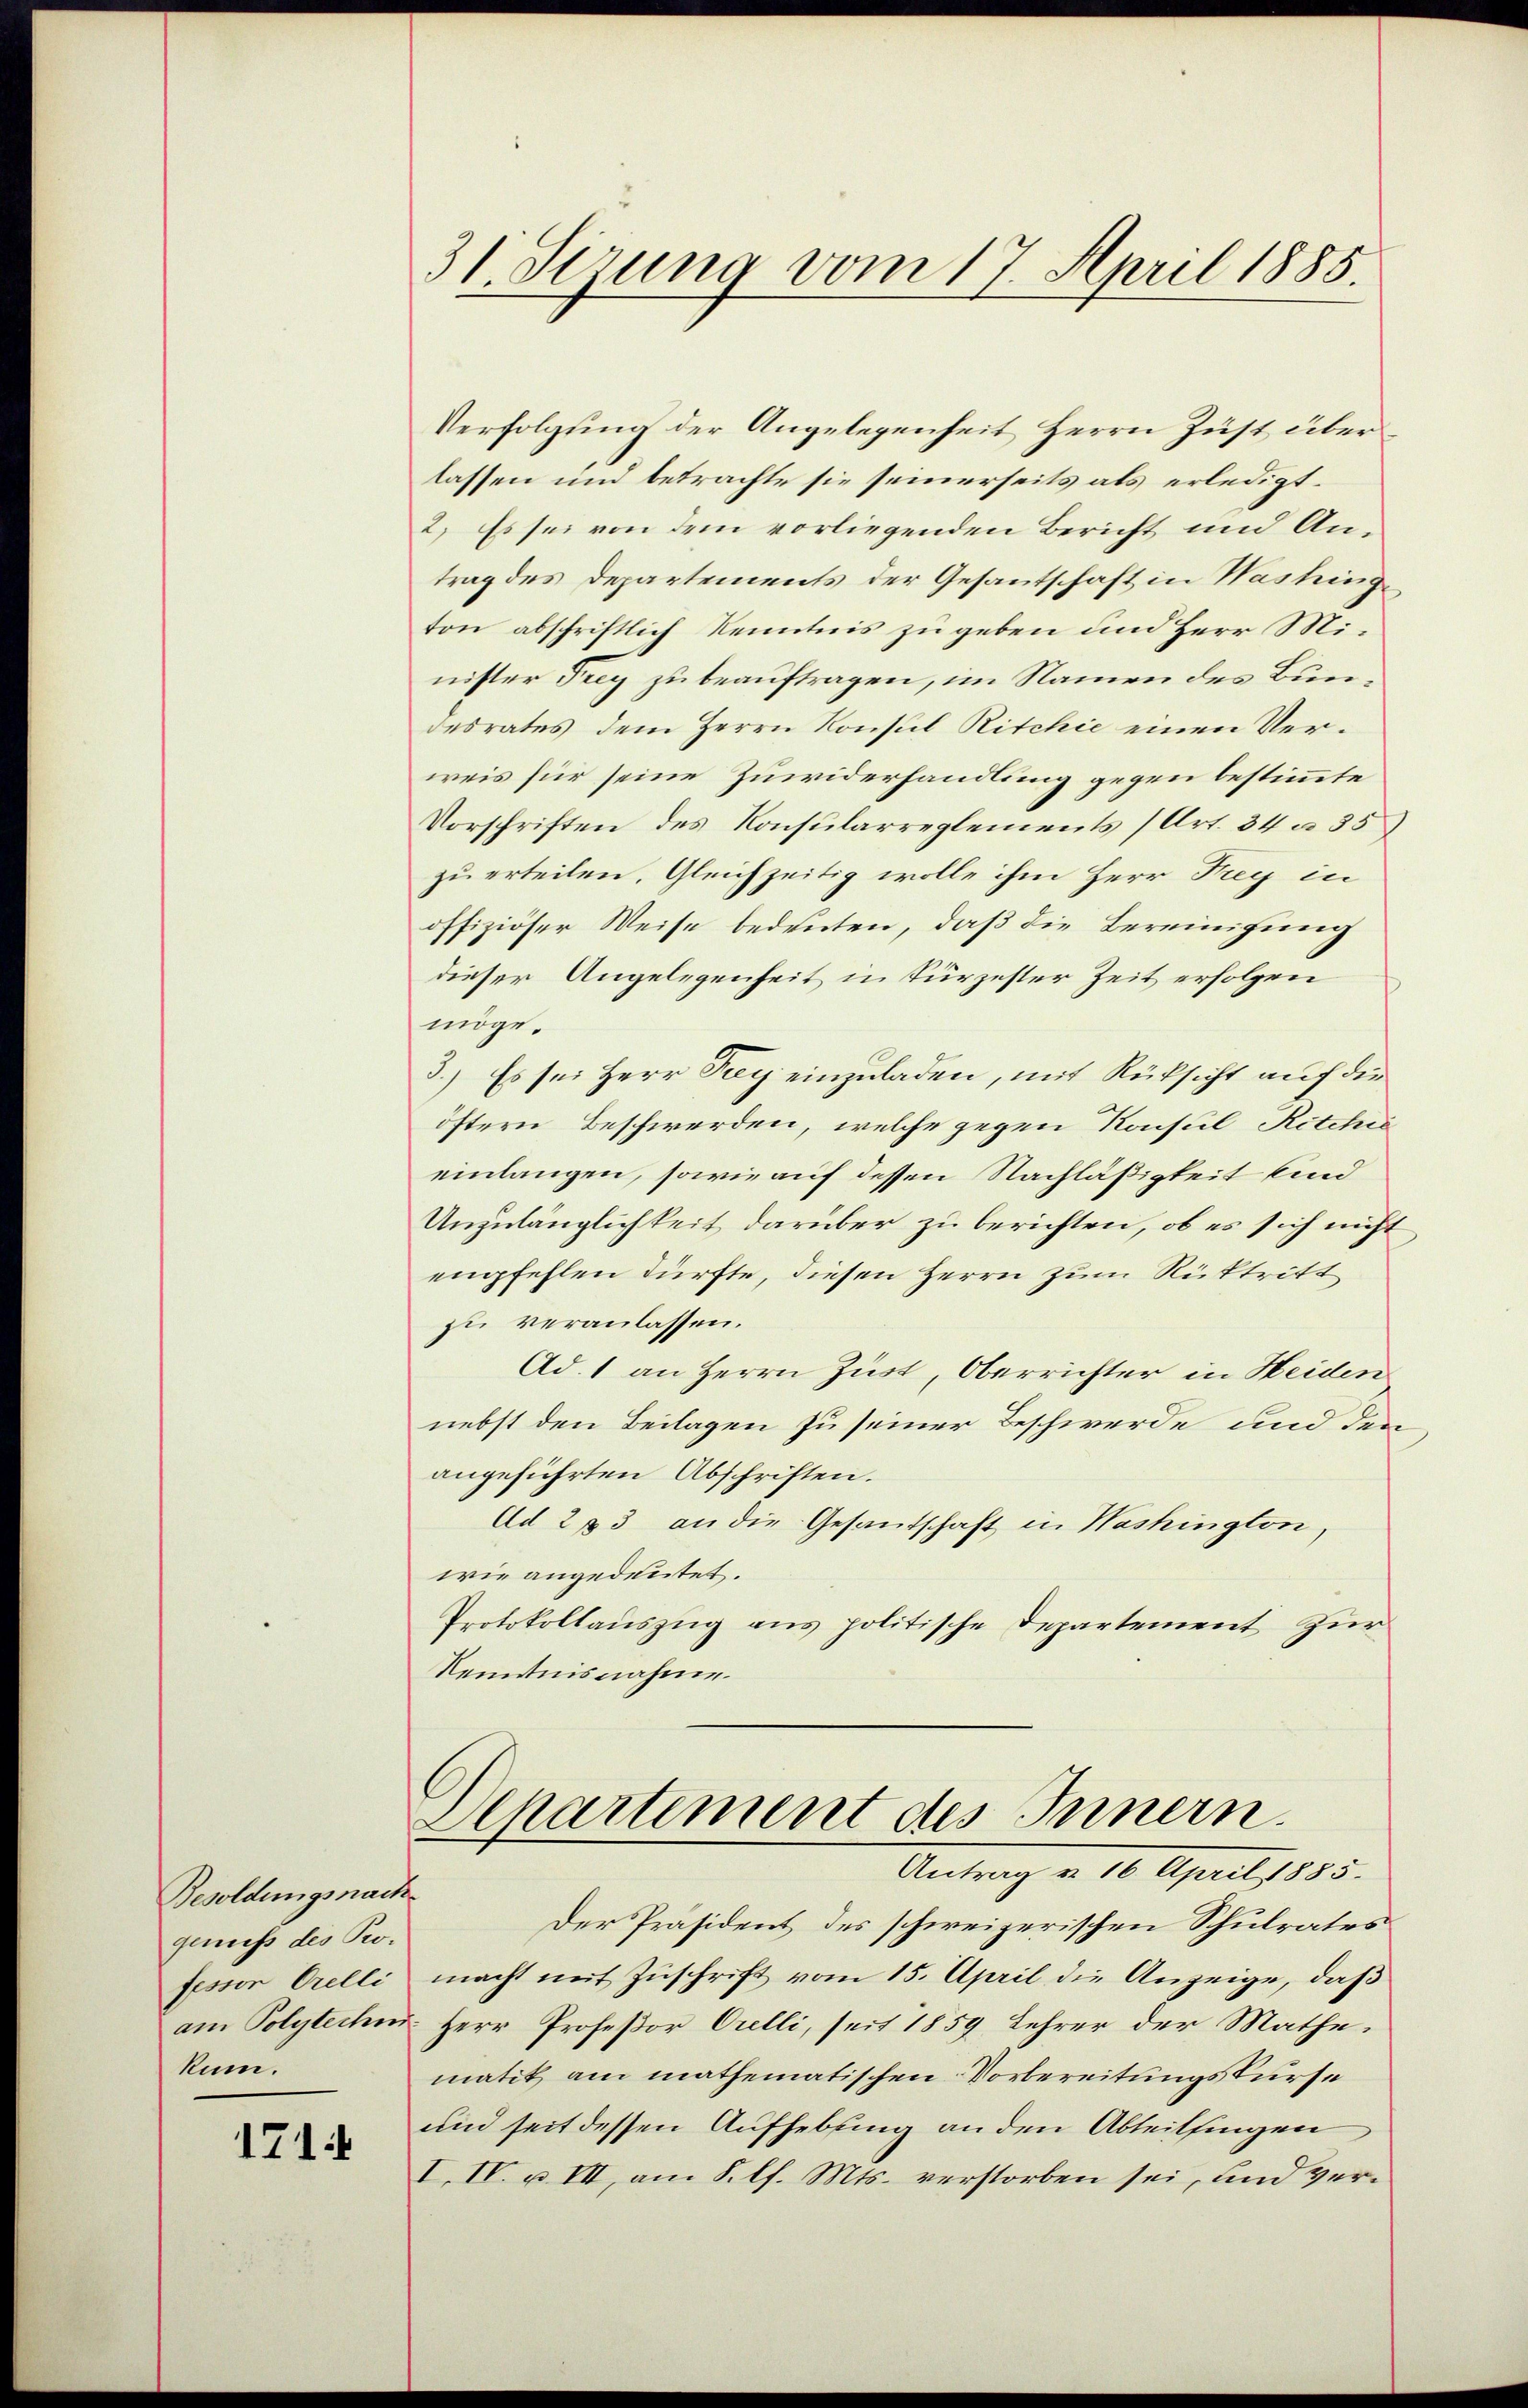
Besoldungsnach
genuß des Professor Orelli
am Polytechn
kum.

171.

31 Sirung vom 17. April 1885.

Verfolgung der Angelegenheit Herrn Just überlassen und betrachte sie seinerseits als erledigt.
2.) Es sei von dem vorliegenden Bericht und Antrag des Departements der Gesantschaft in Washinge
ton abschriftlich Kenntnis zu geben und Herr Minister Frey zu beauftragen, im Namen des Bundesrates dem Herrn Konsul Ritchie einen Verweis für seine Zuwiderhandlung gegen bestimmte
Vorschriften des Konsularreglements (Art. 34 à 35
zu erteilen. Gleichzeitig wolle ihm Herr Tag in
offiziöser Weise bedeuten, daß die Bereinigung
dieser Angelegenheit in kürzester Zeit erfolgen
möge.
3.) Es sei Herr Frey einzuladen, mit Rücksicht auf die
öftern Beschwerden, welche gegen Konsul Ritchie
einlangen, sowie auf dessen Nachläßigkeit sind
Unzulänglichkeit darüber zu berichten, ob es sich nicht
empfehlen dürfte, diesen Herrn zum Rüktritt
zu veranlassen.
Ad. 1 an Herrn Zust, Oberrichter in Heiden
nebst den Beilagen zu seiner Beschwerde und den
angeführten Abschriften.
Ad 283 an die Gesandschaft in Washington,
wie angedeutet.
Protokollauszug aus politische Departement zur
Kenntnisnahme.

Departement des Innern.
Antrag v. 16. April 1885.

Der Präsident des schweizerischen Schulrates
macht mit Zuschrift vom 15. April die Anzeige, daß
Herr Profeßor Orelli, seit 1859 Lehrer der Mathe,
matik am mathematischen Vorbereitungskurse
und seit dessen Aufhebung an den Abteilsingen
I. IV. u. III, am 8. l. Mts. verstorben sei, und ver¬